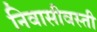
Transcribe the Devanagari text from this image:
निवासीवस्ती